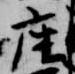
座